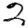
Digit: 2